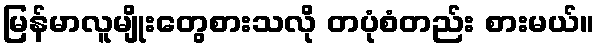
မြန်မာလူမျိုးတွေစားသလို တပုံစံတည်း စားမယ်။